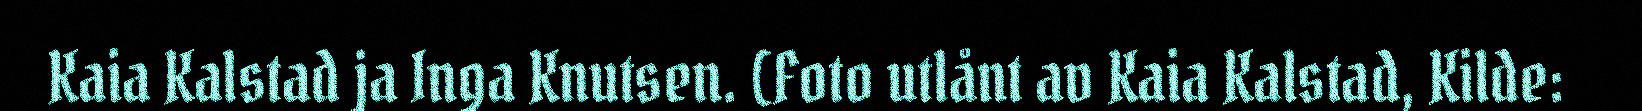
Kaia Kalstad ja Inga Knutsen. (Foto utlånt av Kaia Kalstad, Kilde: